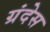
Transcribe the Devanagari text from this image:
ग्रंदेस